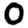
Digit: 0